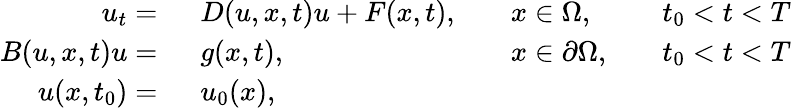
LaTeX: \begin{array}{rlrlrl}{u_{t}=\ }&{{}D(u,x,t)u+F(x,t),}&{}&{{}x\in\Omega,}&{}&{{}t_{0}<t<T}\\ {B(u,x,t)u=\ }&{{}g(x,t),}&{}&{{}x\in\partial\Omega,}&{}&{{}t_{0}<t<T}\\ {u(x,t_{0})=\ }&{{}u_{0}(x),}\end{array}